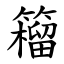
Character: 籕